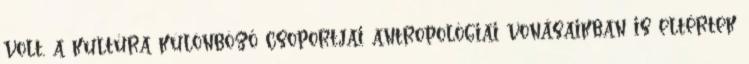
volt, a kultúra különböző csoportjai antropológiai vonásaikban is eltértek